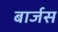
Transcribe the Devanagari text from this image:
बार्जस